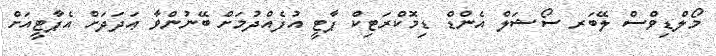
މޯލްޑިވްސް ލޭބަރ ސޯޝަލް އެންޑް ޑިމޮކްރަޓިކް ޕާޓީ އުފެއްދުމަށް ބޭނުންވާ ޢަދަދަށް އެޕާޓީއަށް